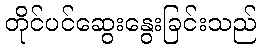
တိုင်ပင်ဆွေးနွေးခြင်းသည်